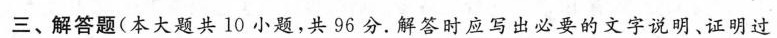
三、解答题(本大题共10小题，共96分，解答时应写出必要的文字说明、证明过